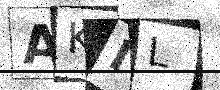
Text: AKIL